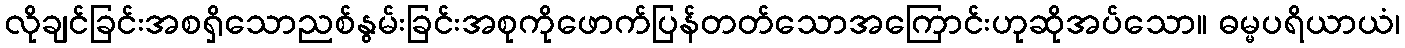
လိုချင်ခြင်းအစရှိသောညစ်နွမ်းခြင်းအစုကိုဖောက်ပြန်တတ်သောအကြောင်းဟုဆိုအပ်သော။ ဓမ္မပရိယာယံ၊